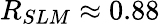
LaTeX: R_{SLM}\approx 0.88